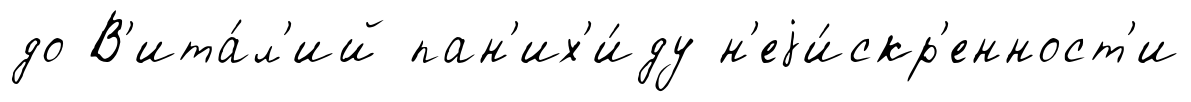
до В'ита́л'ий пан'их'и́ду н'еjи́скр'енност'и